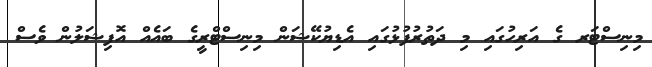
މިނިސްޓަރ ގެ އަރިހުގައި މި ދަތުރުފުޅުގައި އެޑިޔުކޭޝަން މިނިސްޓްރީގެ ބައެއް އޮފިޝަލުން ވެސް